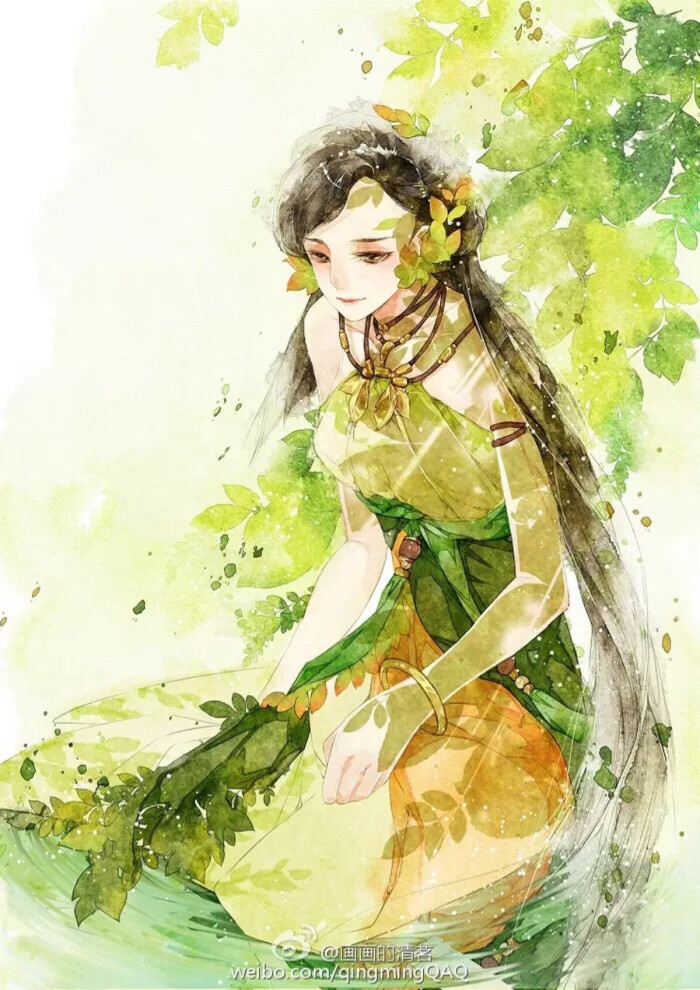
关关雎鸠，在河之洲。窈窕淑女，君子好逑。